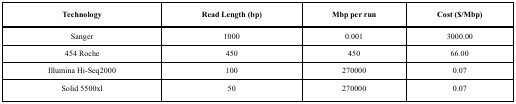
| Technology | Read Length (bp) | Mbp per run | Cost ($/Mbp) |
 | --- | --- | --- | --- |
 | Sanger | 1000 | 0.001 | 3000.00 |
 | 454 Roche | 450 | 450 | 66.00 |
 | Illumina Hi-Seq2000 | 100 | 270000 | 0.07 |
 | Solid 5500xl | 50 | 270000 | 0.07 |